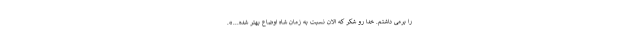
را برمی داشتم. خدا رو شکر که الان نسبت به زمان شاه اوضاع بهتر شده...».